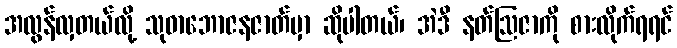
အလွန်လှတယ်လို့ သုဓာဘောဇနဇာတ်မှာ ဆိုပါတယ်၊ အဲဒီ နတ်ဩဇာကို စားလိုက်ရရင်